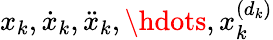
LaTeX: x_{k},\dot{x}_{k},\ddot{x}_{k},\hdots,x_{k}^{(d_{k})}